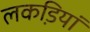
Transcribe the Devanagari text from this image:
लकडि़यां